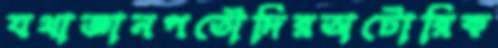
যথাজ্ঞানপতৌদিরঅটোরিক